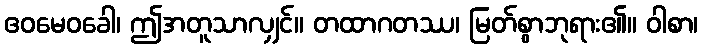
ဧဝမေဝခေါ၊ ဤအတူသာလျှင်။ တထာဂတဿ၊ မြတ်စွာဘုရား၏။ ဝါစာ၊